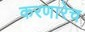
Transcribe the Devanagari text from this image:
करणारेच